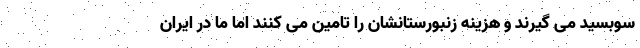
سوبسید می گیرند و هزینه زنبورستانشان را تامین می کنند اما ما در ایران